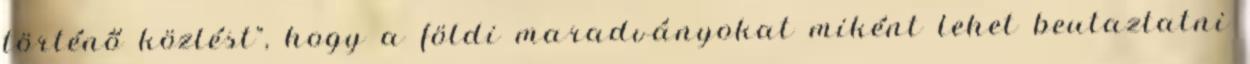
történő közlést”, hogy a földi maradványokat miként lehet beutaztatni